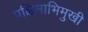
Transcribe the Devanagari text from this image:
पश्चिमाभिमुखी